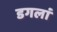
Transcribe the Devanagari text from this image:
डगलां